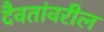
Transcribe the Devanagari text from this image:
दैवतांवरील